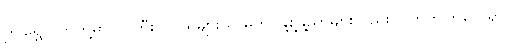
ဤရွှေပွဲလာတို့မှာ လူကြီးလူငယ်များသာမက၊ နို့စို့နို့ညှာများလည်း ပါတတ်ကြလေရာ၊